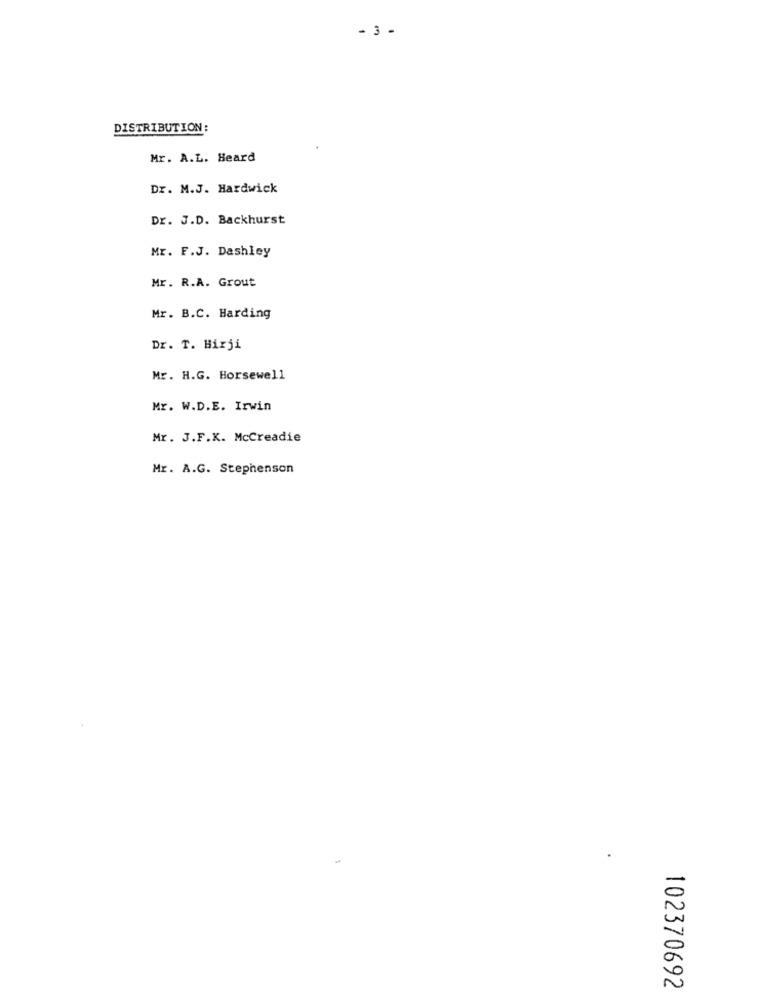
- 3 -
DISTRIBUTION:
Mr. A.L. Heard
Dr. M.J. Hardwick
Dr. J.D. Backhurst
Mr. F.J. Dashley
Mr. R.A. Grout
Mr. B.C. Harding
Dr. T. Birji
Mr. H.G. Horsewell
Mr. W.D.E. Irwin
Mr. J.F.K. McCreadie
Mr. A.G. Stephenson
102370692